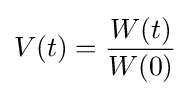
V(t)={\dfrac {W(t)}{W(0)}}